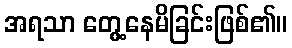
အရသာ တွေ့နေမိခြင်းဖြစ်၏။